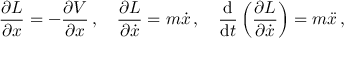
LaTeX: { \frac { \partial L } { \partial x } } = - { \frac { \partial V } { \partial x } } \, , \quad { \frac { \partial L } { \partial { \dot { x } } } } = m { \dot { x } } \, , \quad { \frac { \mathrm { d } } { \mathrm { d } t } } \left( { \frac { \partial L } { \partial { \dot { x } } } } \right) = m { \ddot { x } } \, ,